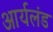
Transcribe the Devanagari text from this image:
आर्यलंड